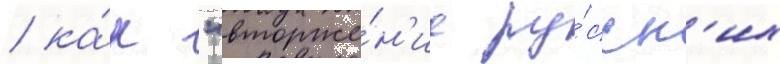
/ ка́к "вторже́н'ие ру́сск'их